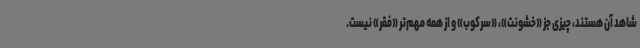
شاهد آن هستند، چیزی جز «خشونت»، «سرکوب» و از همه مهم‌تر «فقر» نیست.